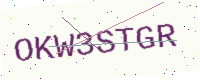
Text: OKW3STGR